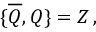
\{ \overline { { { \cal { Q } } } } , { \cal { Q } } \} = { \cal { Z } } \, ,